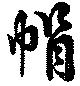
帽